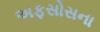
અફસોસના